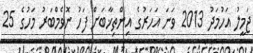
ޖަމީލު އަހުމަދު 2013 ވަނަ އަހަރުގެ އިންތިޚާބަށް ފަހު ނޮވެމްބަރު މަހުގެ 25